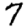
Digit: 7